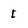
Character: I